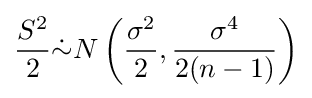
{\frac {S^{2}}{2}}{\dot {\sim }}N\left({\frac {\sigma ^{2}}{2}},{\frac {\sigma ^{4}}{2(n-1)}}\right)